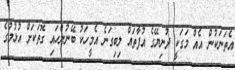
އެތަނަކުން އެއް މަގަކީ ދުނިޔޭގެ އުފާތައް ލިބިގަނެ އެމީހަކު ބޭނުންހައި ގޮތަކަށް އުޅުމުގެ